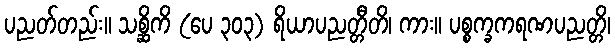
ပညတ်တည်း။ သစ္ဆိကိ (ပေ ၃၀၃) ရိယာပညတ္တီတိ၊ ကား။ ပစ္စက္ခကရဏပညတ္တိ၊